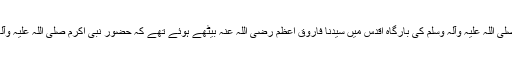
ایک دفعہ حضور نبی اکرم صلی اللہ علیہ وآلہ وسلم کی بارگاہ اقدس میں سیدنا فاروق اعظم رضی اللہ عنہ بیٹھے ہوئے تھے کہ حضور نبی اکرم صلی اللہ علیہ وآلہ وسلم نے پوچھا : اے عمر!